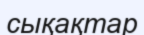
сықақтар